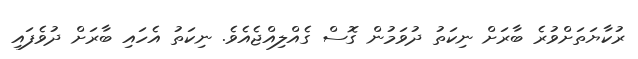
ރުކާޔަތަށްވުރެ ބާރަށް ނިކަތު ދުވަމުން ގޮސް ގެއްލިއްްޖެއެވެ. ނިކަތު އެހައި ބާރަށް ދުވެފައި